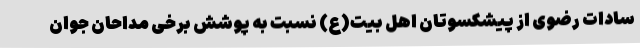
سادات رضوی از پیشکسوتان اهل بیت(ع) نسبت به پوشش برخی مداحان جوان